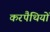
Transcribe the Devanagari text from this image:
करपैथियों